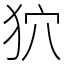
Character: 狖